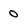
Character: o